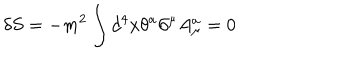
LaTeX: \delta S = - m ^ { 2 } \int d ^ { 4 } x \theta ^ { a } \partial ^ { \mu } A _ { \mu } ^ { a } = 0